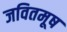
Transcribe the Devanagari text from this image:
जवितमूष